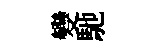
變馳